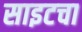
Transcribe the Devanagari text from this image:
साइटचा